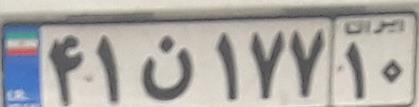
۴۱ن۱۷۷۱۰